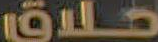
حلاق